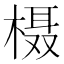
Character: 𪳍